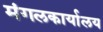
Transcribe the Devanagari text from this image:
मंगलकार्यालय